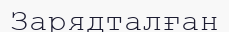
Зарядталған